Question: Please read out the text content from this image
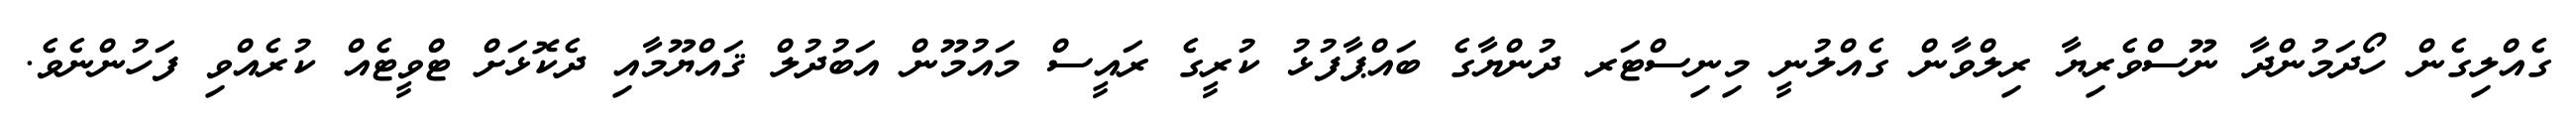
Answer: ގެއްލިގެން ހޯދަމުންދާ ނޫސްވެރިޔާ ރިލްވާން ގެއްލުނީ މިނިސްޓަރ ދުންޔާގެ ބައްޕާފުޅު ކުރީގެ ރައީސް މައުމޫން އަބުދުލް ޤައްޔޫމާއި ދެކޮޅަށް ޓްވީޓެއް ކުރެއްވި ފަހުންނެވެ.